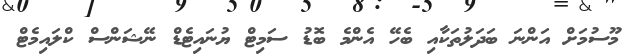
މޫސުމަށް އަންނަ ބަދަލުތަކާއި ބެހޭ އެންމެ ބޮޑު ސަމިޓް ޔުނައިޓެޑް ނޭޝަންސް ކްލައިމެޓް